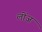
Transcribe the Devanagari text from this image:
लोंज